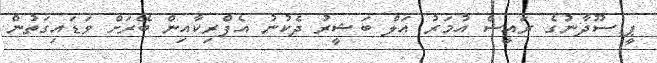
ޕީ ސޫދާނުގެ ރައީސް އުމަރު އަލް ބަޝީރު ދެކުނު އެފްރިކާއިން ބޭރަށް ވަޑައިގަތުން